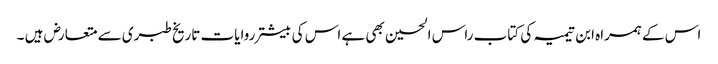
اس کے ہمراہ ابن تیمیہ کی کتاب راس الحسین بھی ہے اس کی بیشتر روایات تاریخ طبری سے متعارض ہیں ۔